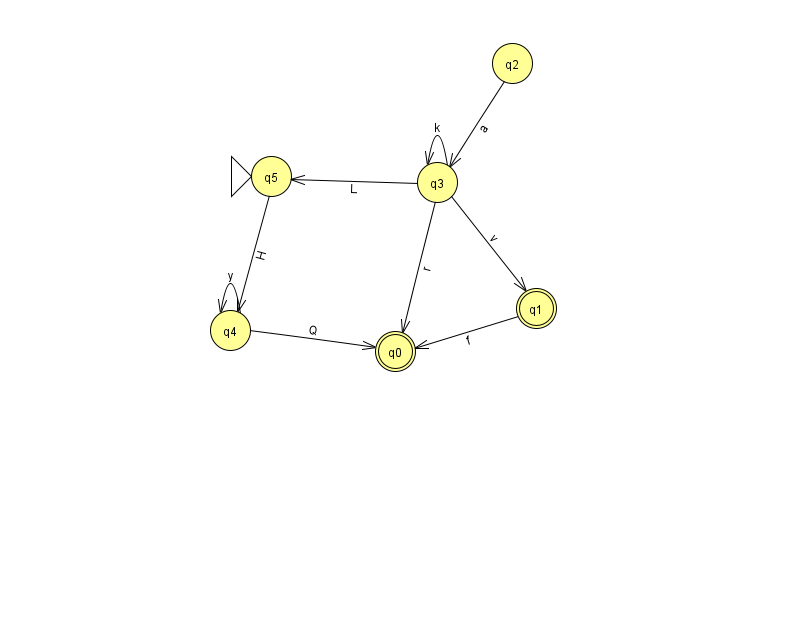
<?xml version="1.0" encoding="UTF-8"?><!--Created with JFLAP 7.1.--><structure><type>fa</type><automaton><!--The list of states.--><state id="0" name="q0"><x>395.0</x><y>338.0</y><final/></state><state id="1" name="q1"><x>536.0</x><y>295.0</y><final/></state><state id="2" name="q2"><x>512.0</x><y>50.0</y></state><state id="3" name="q3"><x>437.0</x><y>169.0</y></state><state id="4" name="q4"><x>230.0</x><y>317.0</y></state><state id="5" name="q5"><x>271.0</x><y>163.0</y><initial/></state><!--The list of transitions.--><transition><from>1</from><to>0</to><read>f</read></transition><transition><from>3</from><to>5</to><read>L</read></transition><transition><from>4</from><to>4</to><read>y</read></transition><transition><from>3</from><to>1</to><read>v</read></transition><transition><from>3</from><to>3</to><read>k</read></transition><transition><from>3</from><to>0</to><read>r</read></transition><transition><from>5</from><to>4</to><read>H</read></transition><transition><from>2</from><to>3</to><read>a</read></transition><transition><from>4</from><to>0</to><read>Q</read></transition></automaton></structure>